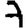
Digit: 7